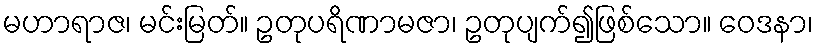
မဟာရာဇ၊ မင်းမြတ်။ ဥတုပရိဏာမဇာ၊ ဥတုပျက်၍ဖြစ်သော။ ဝေဒနာ၊